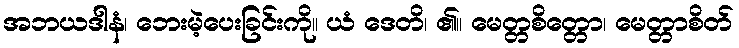
အဘယဒါနံ၊ ဘေးမဲ့ပေးခြင်းကို။ ယံ ဒေတိ၊ ၏။ မေတ္တစိတ္တော၊ မေတ္တာစိတ်